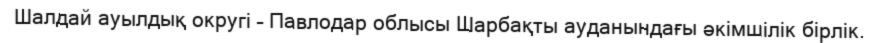
Шалдай ауылдық округі – Павлодар облысы Шарбақты ауданындағы әкімшілік бірлік.